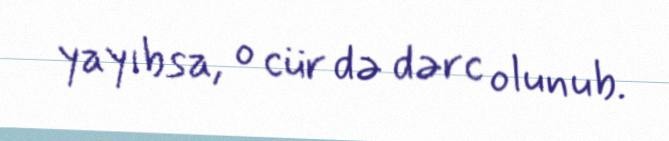
yayıbsa, o cür də dərc olunub.